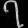
Digit: ၇